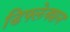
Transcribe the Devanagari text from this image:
डिफ्लेक्शन